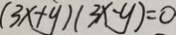
( 3 x + y ) ( 3 x - y ) = 0